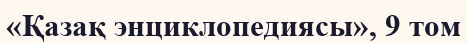
«Қазақ энциклопедиясы», 9 том